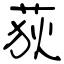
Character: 荻